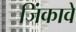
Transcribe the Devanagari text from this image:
जिंकावे